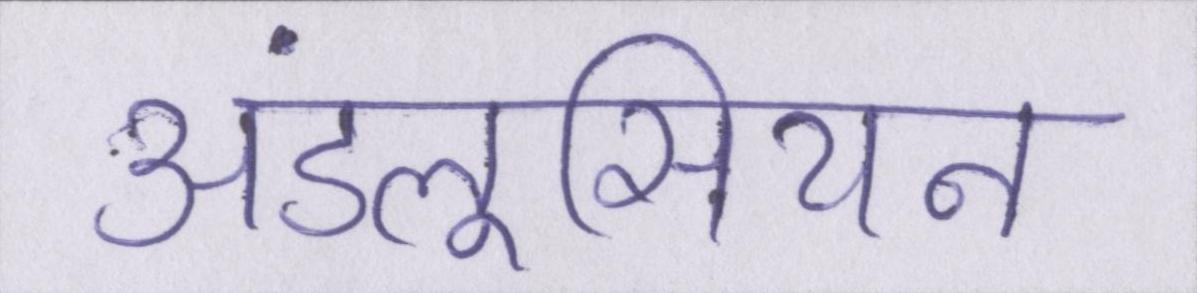
अंडलूसियन